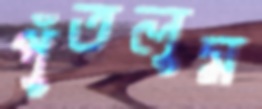
পুঁতলুম